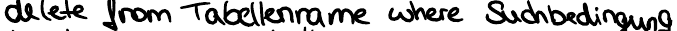
delete from Tabellenname where Suchbedingung